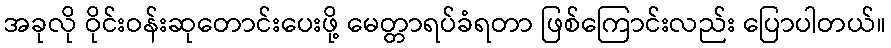
အခုလို ဝိုင်းဝန်းဆုတောင်းပေးဖို့ မေတ္တာရပ်ခံရတာ ဖြစ်ကြောင်းလည်း ပြောပါတယ်။